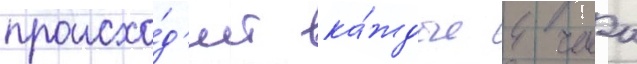
происхо́д'ит ка́ждые 4 часа